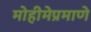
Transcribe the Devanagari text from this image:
मोहीमेप्रमाणे